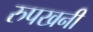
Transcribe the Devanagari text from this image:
रुपखनी